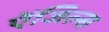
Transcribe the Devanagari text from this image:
ऐंजिल्‍स